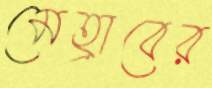
মেহ্রাবের